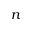
n